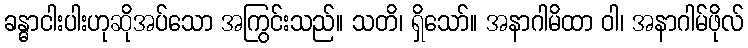
ခန္ဓာငါးပါးဟုဆိုအပ်သော အကြွင်းသည်။ သတိ၊ ရှိသော်။ အနာဂါမိထာ ဝါ၊ အနာဂါမ်ဖိုလ်